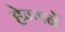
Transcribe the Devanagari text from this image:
हेग्गर्ने